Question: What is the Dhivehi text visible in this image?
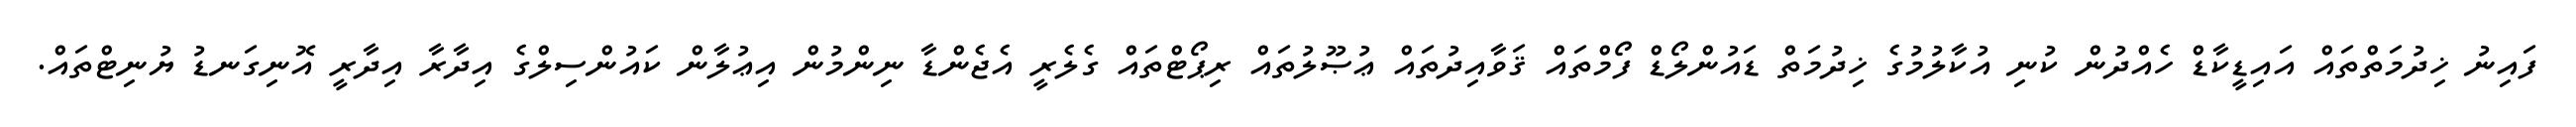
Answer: ފައިނު ޚިދުމަތްތައް އައިޑީކާޑް ހެއްދުން ކުނި އުކާލުމުގެ ޚިދުމަތް ޑައުންލޯޑް ފޯމްތައް ޤަވާއިދުތައް ޢުޞޫލުތައް ރިޕޯޓްތައް ގެލެރީ އެޖެންޑާ ނިންމުން އިޢުލާން ކައުންސިލްގެ އިދާރާ އިދާރީ އޮނިގަނޑު ޔުނިޓްތައް.